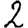
Digit: 2